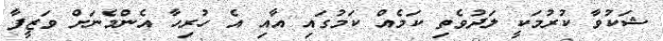
ޝަކުވާ ކުރުމަކީ ލަދުވެތި ކަމެއް ކަމުގައި އާއި އެ ހުރިހާ އެންމެނަށް ވަޒީފާ